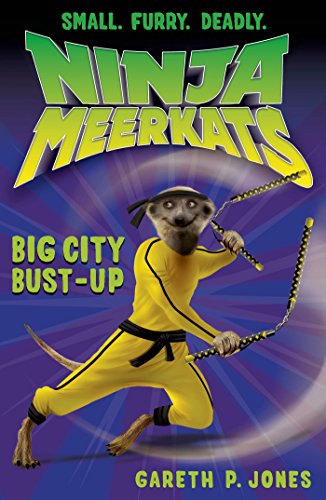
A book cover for Ninja Meerkats (#6): Big City Bust-Up; Gareth P. Jones; Children's Books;